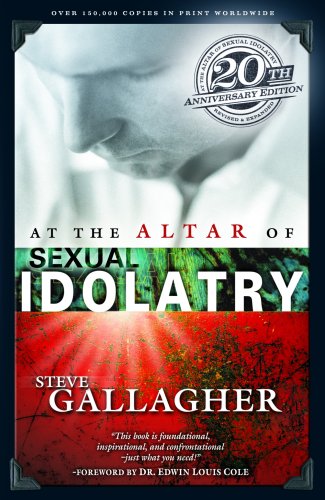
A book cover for At The Altar of Sexual Idolatry; Steve Gallagher; Health, Fitness & Dieting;